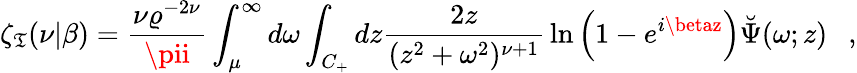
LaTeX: \zeta_{\mathfrak{T}}(\nu|\beta)={\frac{{\nu\varrho^{-2\nu}}}{{\pii}}}\int_{\mu}^{\infty}d\omega\int_{C_{+}}dz{\frac{{2z}}{{(z^{2}+\omega^{2})^{\nu+1}}}}\ln\left(1-e^{i\betaz}\right)\breve{{\Psi}}(\omega;z)~~~,